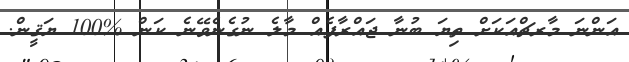
އަންނަ މާރޗްއަކަށް ތިޔަ ބުނާ ޖައްރާފެއް މާލެ ނުގެނެވޭނެ ކަން %100 ޔަޤީން.